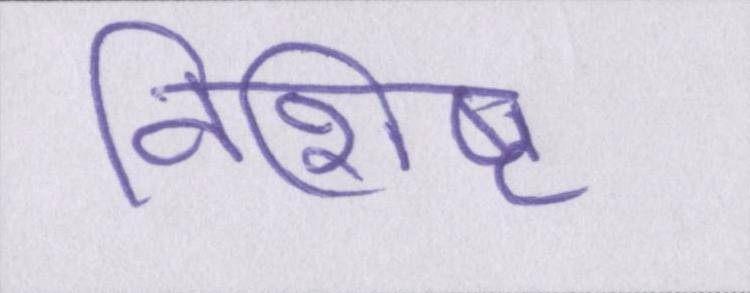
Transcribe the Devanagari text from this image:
विशिष्ट